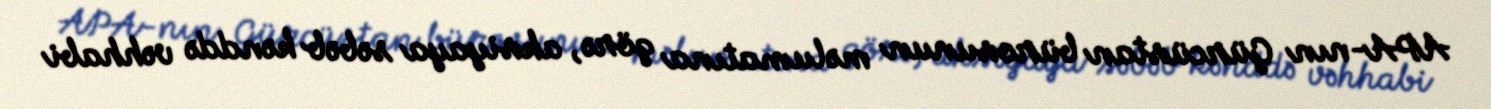
APA-nın Gürcüstan bürosunun məlumatına görə, aksiyaya səbəb kənddə vəhhabi